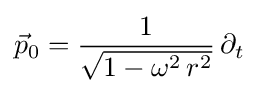
{\vec {p}}_{0}={\frac {1}{\sqrt {1-\omega ^{2}\,r^{2}}}}\,\partial _{t}